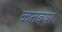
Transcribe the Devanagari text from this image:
कतबया